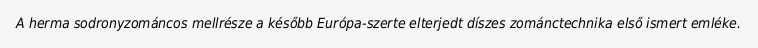
A herma sodronyzománcos mellrésze a később Európa-szerte elterjedt díszes zománctechnika első ismert emléke.